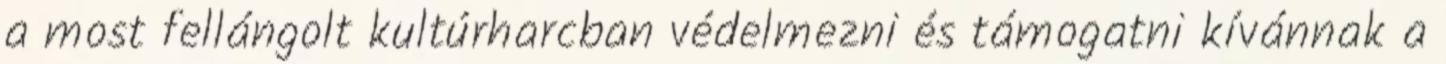
a most fellángolt kultúrharcban védelmezni és támogatni kívánnak a